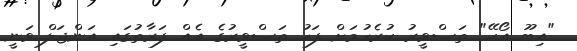
"އިބޫ އޯކޭ" ތަސްވީރު ކުރެހުމަށް ފަހު ތަސްވީރުގެ އެއް ފަރާތުގައި އަންޖަލް ވަނީ